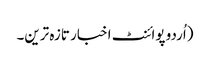
(اُردو پوائنٹ اخبار تازہ ترین۔